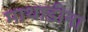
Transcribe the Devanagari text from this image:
माथाडींना